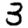
Digit: 3